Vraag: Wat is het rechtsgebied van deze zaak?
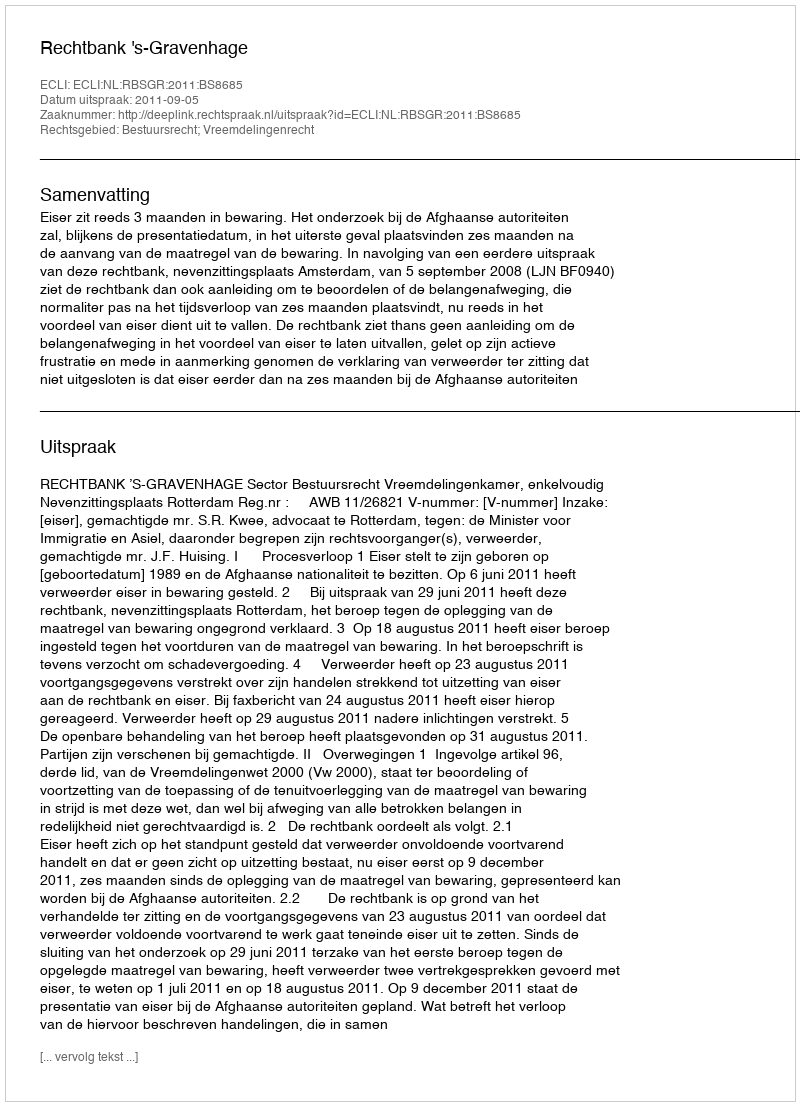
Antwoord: Bestuursrecht; Vreemdelingenrecht